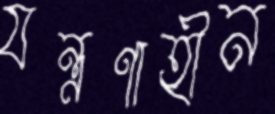
যন্ত্রণাহীন